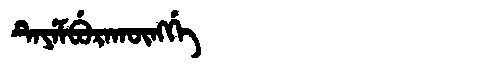
Manchu: ᡨᡝᠶᡝᠮᠪᡠᡵᠠᡴᡡᠩᡤᡝ
Romanization: TEYEMBURAKŪNGGE